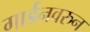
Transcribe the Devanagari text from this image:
गार्डनवरुन